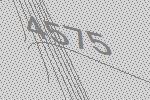
4575